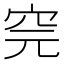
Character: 𥤸